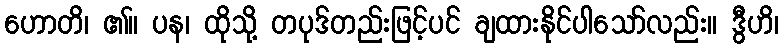
ဟောတိ၊ ၏။ ပန၊ ထိုသို့ တပုဒ်တည်းဖြင့်ပင် ချထားနိုင်ပါသော်လည်း။ ဒွီဟိ၊